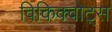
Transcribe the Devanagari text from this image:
विकिक्वोट्स